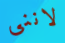
لاننى